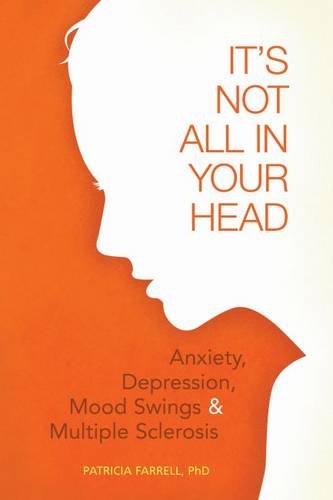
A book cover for It's Not All in Your Head: "Anxiety, Depression, Mood Swings, and MS"; Patricia Farrell PhD; Health, Fitness & Dieting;